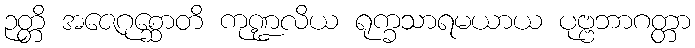
ဉတ္တိ အဇေဂုစ္ဆောတိ ကုဏ္ဍလိယ ရုက္ခသာရမယာယ ပုဗ္ဗဘာဂတ္တာ